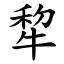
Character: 犂